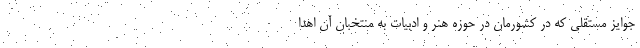
جوایز مستقلی که در کشورمان در حوزه هنر و ادبیات به منتخبان آن اهدا